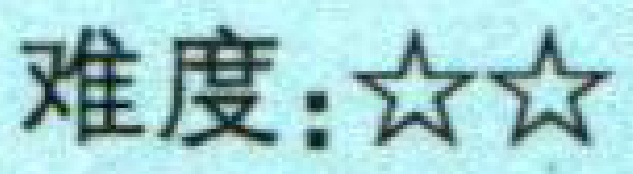
难度：$\star\star$